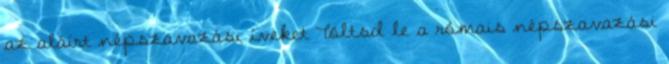
az aláírt népszavazási íveket Töltsd le a rómais népszavazási